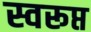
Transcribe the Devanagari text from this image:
स्वरूप्त